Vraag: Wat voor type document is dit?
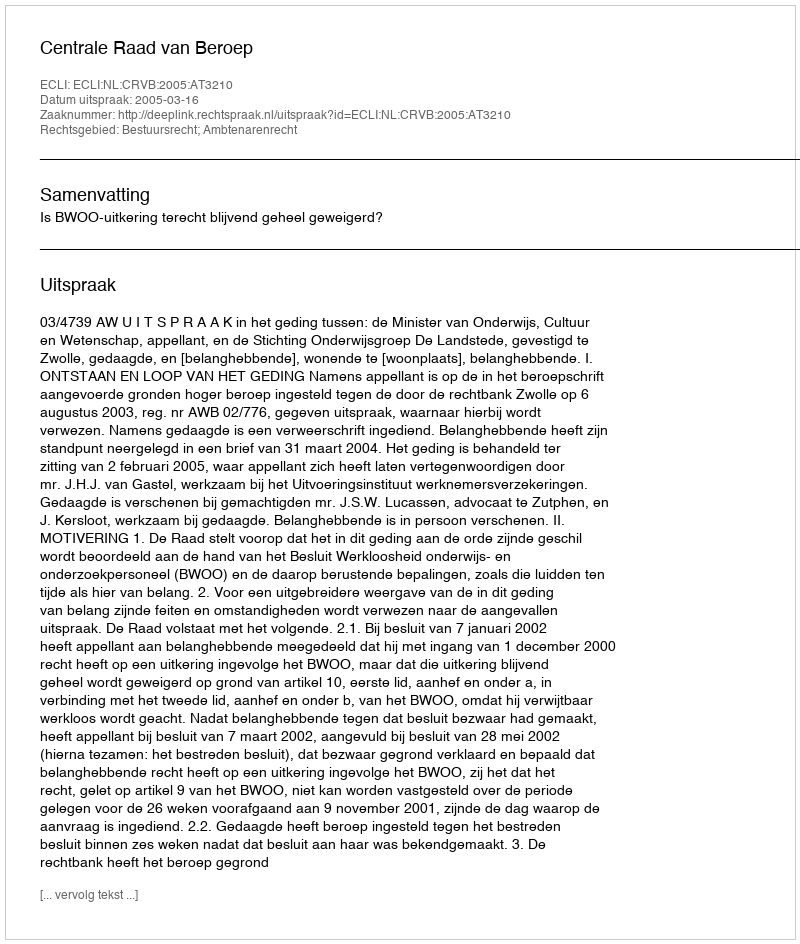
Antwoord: Uitspraak